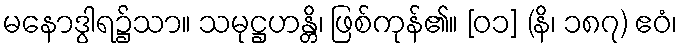
မနောဒွါရ၌သာ။ သမုဋ္ဌဟန္တိ၊ ဖြစ်ကုန်၏။ [၀၁] (နိ၊ ၁၈၇) ဧဝံ၊